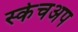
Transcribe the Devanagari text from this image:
स्केचअप